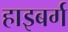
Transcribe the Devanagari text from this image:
हाइबर्ग